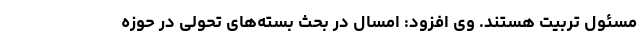
مسئول تربیت هستند. وی افزود: امسال در بحث بسته‌های تحولی در حوزه